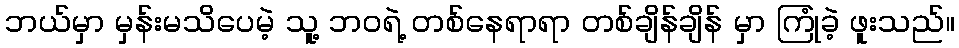
ဘယ်မှာ မှန်းမသိပေမဲ့ သူ့ ဘဝရဲ့ တစ်နေရာရာ တစ်ချိန်ချိန် မှာ ကြုံခဲ့ ဖူးသည်။